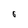
Character: 6